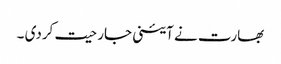
بھارت نے آئینی جارحیت کردی ۔